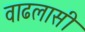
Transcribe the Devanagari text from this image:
वाढलासी